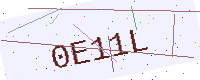
Text: 0E11L